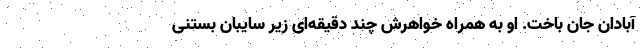
آبادان جان باخت. او به همراه خواهرش چند دقیقه‌ای زیر سایبان بستنی